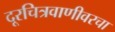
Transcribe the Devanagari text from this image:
दूरचित्रवाणीवरचा